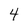
Character: 4